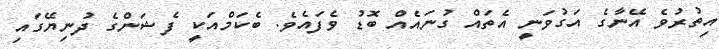
އިތުރުވެ އޭނާގެ އަގުވަނީ އެތައް ގުނައެއް ބޮޑު ވެފައެވެ. ބެކަމްއަކީ ފެޝަންގެ ދުނިޔޭގައި